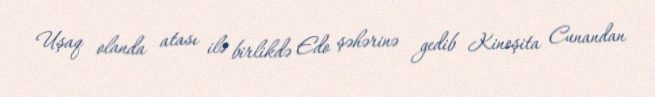
Uşaq olanda atası ilə birlikdə Edo şəhərinə gedib Kinoşita Cunandan